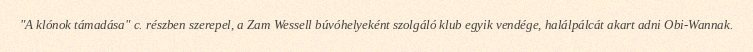
"A klónok támadása" c. részben szerepel, a Zam Wessell búvóhelyeként szolgáló klub egyik vendége, halálpálcát akart adni Obi-Wannak.